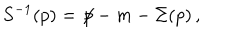
LaTeX: S ^ { - 1 } ( p ) = { \not \! p } - m - \Sigma ( p ) \, ,